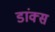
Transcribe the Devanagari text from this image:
डांक्स